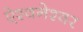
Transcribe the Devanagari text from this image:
ऐश्वनेश्वर